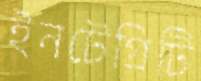
ইনটেগ্রিটি